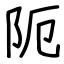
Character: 阨